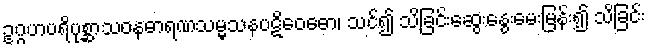
ဥဂ္ဂဟပရိပုစ္ဆာသဝနဓာရဏသမ္မသနပဋိဝေဓော၊ သင်၍ သိခြင်းဆွေးနွေးမေးမြန်း၍ သိခြင်း